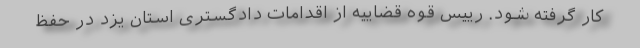
کار گرفته شود. رییس قوه قضاییه از اقدامات دادگستری استان یزد در حفظ